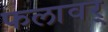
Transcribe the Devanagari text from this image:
फलावर्